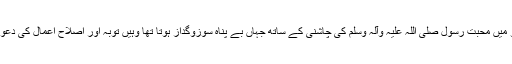
ان دونوں حضرات کی گفتگو میں محبت رسول صلی اللہ علیہ وآلہ وسلم کی چاشنی کے ساتھ جہاں بے پناہ سوزوگداز ہوتا تھا وہیں توبہ اور اصلاحِ اعمال کی دعوت بھی کمال کی ہوتی تھی ۔